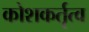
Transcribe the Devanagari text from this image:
कोशकर्तृत्व